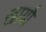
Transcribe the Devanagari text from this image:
खायौ